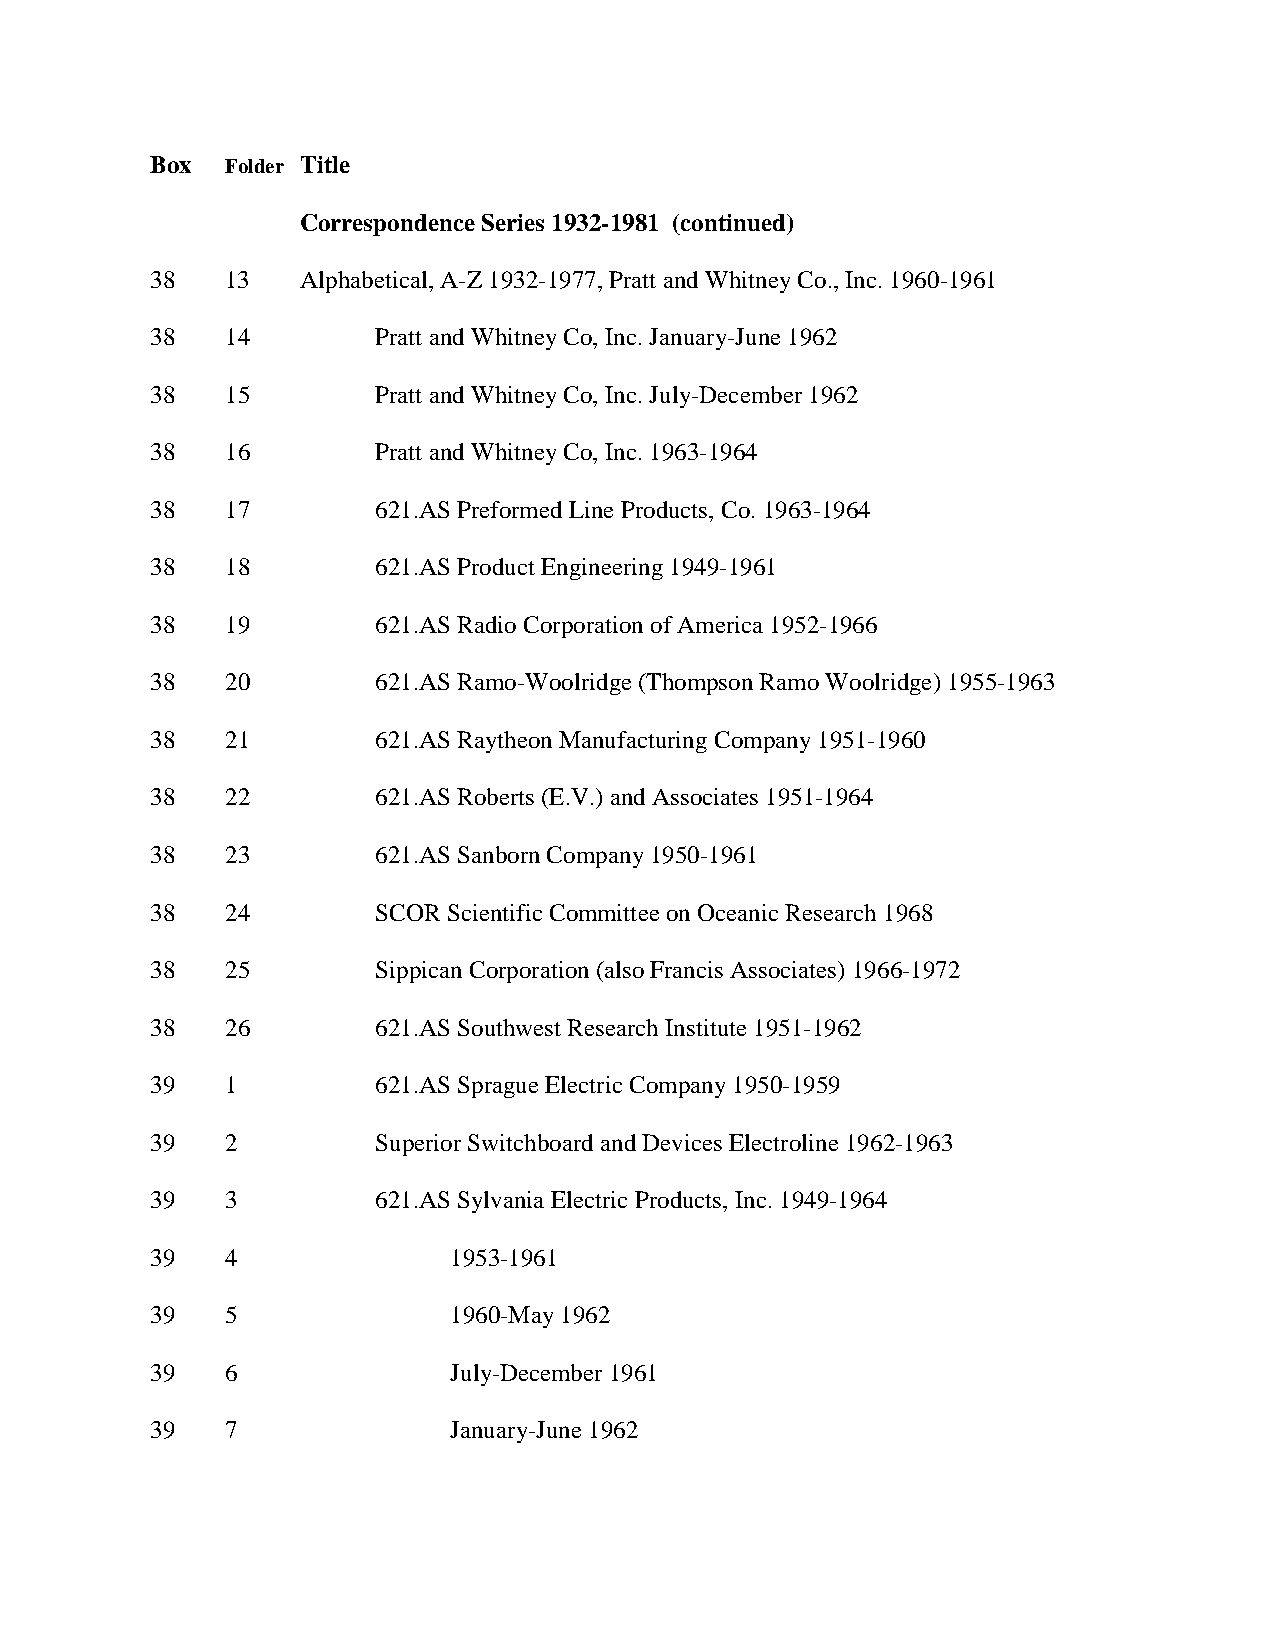
Box  Folder Title
 Correspondence Series 1932-1981 (continued)
 38   13   Alphabetical, A-Z 1932-1977, Pratt and Whitney Co., Inc. 1960-1961
 38   14        Pratt and Whitney Co, Inc. January-June 1962
 38   15        Pratt and Whitney Co, Inc. July-December 1962
 38   16        Pratt and Whitney Co, Inc. 1963-1964
 38   17        621.AS Preformed Line Products, Co. 1963-1964
 38   18        621.AS Product Engineering 1949-1961
 38   19        621.AS Radio Corporation of America 1952-1966
 38   20        621.AS Ramo-Woolridge (Thompson Ramo Woolridge) 1955-1963
 38   21        621.AS Raytheon Manufacturing Company 1951-1960
 38   22        621.AS Roberts (E.V.) and Associates 1951-1964
 38   23        621.AS Sanborn Company 1950-1961
 38   24        SCOR Scientific Committee on Oceanic Research 1968
 38   25        Sippican Corporation (also Francis Associates) 1966-1972
 38   26        621.AS Southwest Research Institute 1951-1962
 39   1         621.AS Sprague Electric Company 1950-1959
 39   2         Superior Switchboard and Devices Electroline 1962-1963
 39   3         621.AS Sylvania Electric Products, Inc. 1949-1964
 39   4              1953-1961
 39   5              1960-May 1962
 39   6              July-December 1961
 39   7              January-June 1962